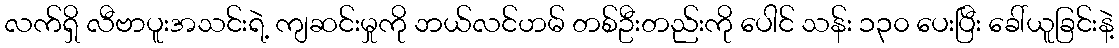
လက်ရှိ လီဗာပူးအသင်းရဲ့ ကျဆင်းမှုကို ဘယ်လင်ဟမ် တစ်ဦးတည်းကို ပေါင် သန်း ၁၃၀ ပေးပြီး ခေါ်ယူခြင်းနဲ့